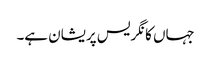
جہاں کانگریس پریشان ہے۔